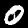
Digit: 0